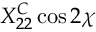
X _ { 2 2 } ^ { C } \cos 2 \chi